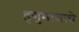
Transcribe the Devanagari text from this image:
हणुमाणाचे